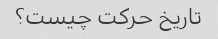
تاریخ حرکت چیست؟